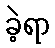
ခဲ့ရာ